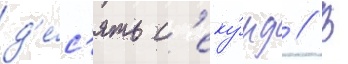
д'е́с'ять с'еку́нд // В